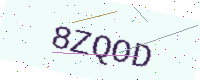
Text: 8ZQOD